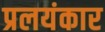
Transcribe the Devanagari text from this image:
प्रलयंकार